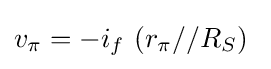
v_{\pi }=-i_{f}\ (r_{\pi }//R_{S})\